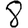
Digit: 8